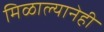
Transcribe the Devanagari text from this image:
मिळाल्यानेही